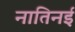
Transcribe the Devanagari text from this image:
नातिनई